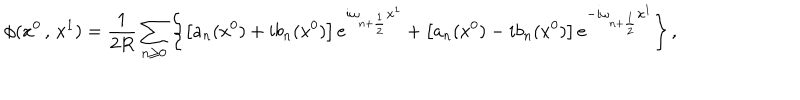
\phi ( x ^ { 0 } \, , \, x ^ { 1 } ) = \frac { 1 } { 2 R } \sum _ { n \geq 0 } \left\{ \left[ a _ { n } ( x ^ { 0 } ) + i b _ { n } ( x ^ { 0 } ) \right] e ^ { i \omega _ { n + \frac { 1 } { 2 } } x ^ { 1 } } + \left[ a _ { n } ( x ^ { 0 } ) - i b _ { n } ( x ^ { 0 } ) \right] e ^ { - i \omega _ { n + \frac { 1 } { 2 } } x ^ { 1 } } \right\} ,